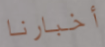
أخبارنا